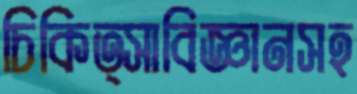
চিকিত্সাবিজ্ঞানসহ